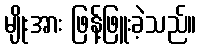
မျိုးအား ဖြန့်ဖြူးခဲ့သည်။